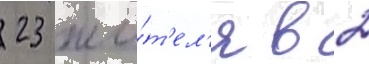
23 жи́т'ел'я в 2